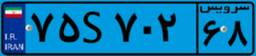
۳۸S۸۶۷۸۲